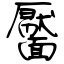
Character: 靨